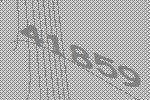
41859